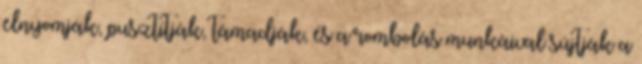
elnyomják, pusztítják, támadják, és a rombolás munkáival sújtják a